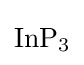
{\mathrm {InP} {\vphantom {A}}_{\smash[{t}]{3}}}